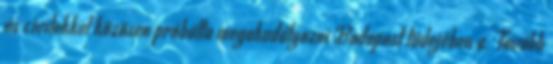
és civilekkel közösen próbálta megakadályozni Budapest tüdejében a. Tovább